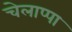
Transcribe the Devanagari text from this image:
चेलाप्पा